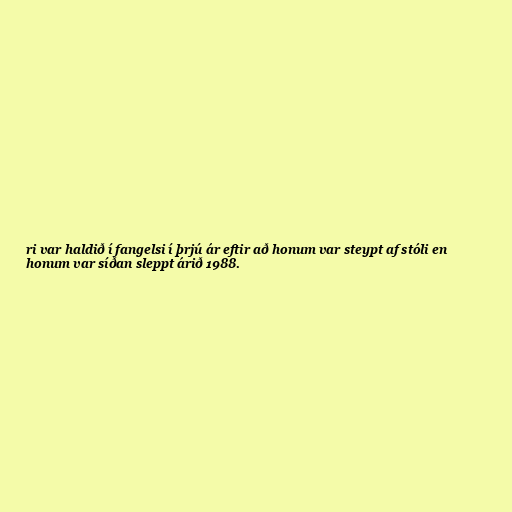
ri var haldið í fangelsi í þrjú ár eftir að honum var steypt af stóli en
honum var síðan sleppt árið 1988.